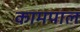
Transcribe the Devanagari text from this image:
कामपाल